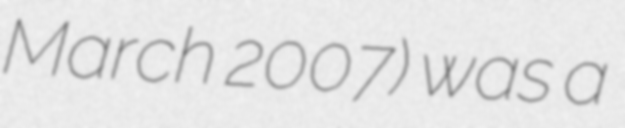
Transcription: March 2007) was a